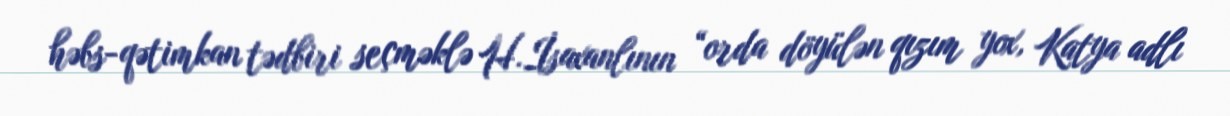
həbs-qətimkan tədbiri seçməklə H.İsaxanlının “orda döyülən qızım yox, Katya adlı